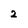
Character: 2